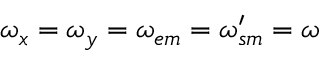
\omega _ { x } = \omega _ { y } = \omega _ { e m } = \omega _ { s m } ^ { \prime } = \omega